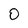
Character: O